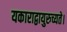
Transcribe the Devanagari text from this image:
यकाराद्वायुरुच्यते।